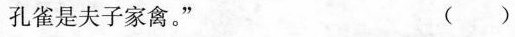
孔雀是夫子家禽。” ( )